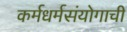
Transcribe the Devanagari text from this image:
कर्मधर्मसंयोगाची